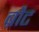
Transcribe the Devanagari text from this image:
ब्रौट